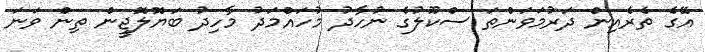
އޭގެ ތެރެއިން ދަރުމަވަންތަ ސްކޫލުގެ ނުހާދު މުހައްމަދު މާހިދު ބަޔޮލޮޖީން ތިން ވަނަ